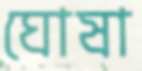
ঘোষা